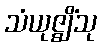
သံယုဇ္ဈိံသု